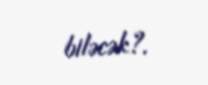
biləcək?.